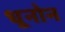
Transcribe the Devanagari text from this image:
धूनोन